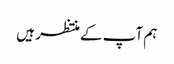
ہم آپ کے منتظر ہیں